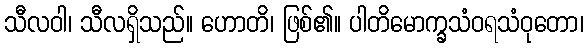
သီလဝါ၊ သီလရှိသည်။ ဟောတိ၊ ဖြစ်၏။ ပါတိမောက္ခသံဝရသံဝုတော၊